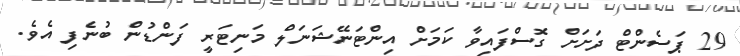
29 ޕަސެންޓް ދަށަށް ގޮސްފައިވާ ކަމަށް އިންޓަނޭޝަނަލް މަނިޓަރީ ފަންޑުން ބުނެފި އެވެ.